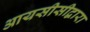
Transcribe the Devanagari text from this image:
आयसीसीद्वारा